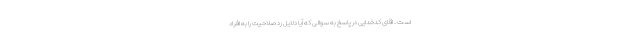
است . اقای کدخدایی در پاسخ به سوالی که آیا دلایل رد صلاحیت را به افراد